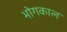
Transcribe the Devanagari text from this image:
भोगकाल